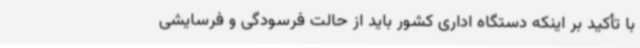
با تأکید بر اینکه دستگاه اداری کشور باید از حالت فرسودگی و فرسایشی